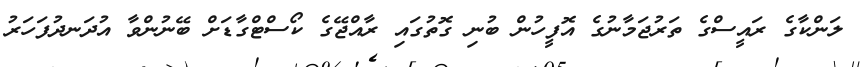
ލަންކާގެ ރައީސްގެ ތަރުޖަމާނުގެ އޮފީހުން ބުނި ގޮތުގައި ރާއްޖޭގެ ކޯސްޓްގާޑަށް ބޭނުންވާ އުދަނދުފަހަރު